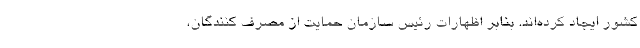
کشور ایجاد کرده‌اند. بنابر اظهارات رئیس سازمان حمایت از مصرف کنندگان،